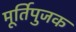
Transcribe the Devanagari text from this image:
मूर्तिपुजक